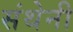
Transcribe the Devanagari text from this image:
संथेनी